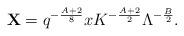
LaTeX: \begin{align*}{\bf X}=q^{-\frac{A+2}{8}}xK^{-\frac{A+2}{2}}\Lambda^{-\frac{B}{2}}.\end{align*}